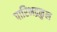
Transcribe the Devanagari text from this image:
पारिभद्रकुल